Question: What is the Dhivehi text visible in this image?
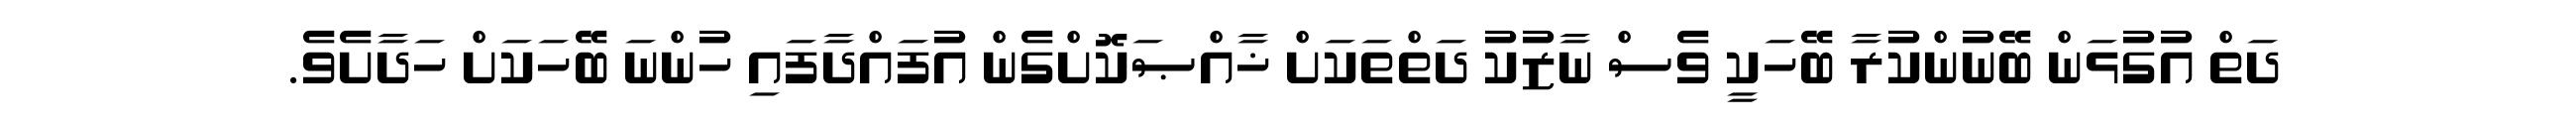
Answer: ދަތް އުގުޅަން ބޭނުންކުރާ ބޭހަކީ ވެސް ނާޒުކު ދަތްތަކަށް ޚާއްޞަކޮށްގެން އުފައްދާފައި ހުންނަ ބޭހަކަށް ހަދާށެވެ.